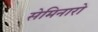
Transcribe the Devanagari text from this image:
सेमिनारो